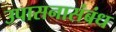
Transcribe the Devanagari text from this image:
उपासनासंबंध